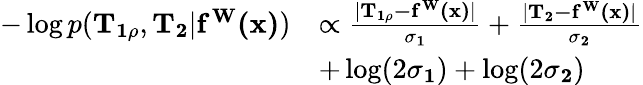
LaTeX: \begin{array}{rl}{-\log p(\mathbf{T_{1\rho}},\mathbf{T_{2}}|\mathbf{f^{W}(x)})}&{\propto\frac{|\mathbf{T_{1\rho}-\mathbf{f^{W}(x)}}|}{\mathbf{\sigma_{1}}}+\frac{|\mathbf{T_{2}-\mathbf{f^{W}(x)}}|}{\mathbf{\sigma_{2}}}}\\ &{+\log(2\mathbf{\sigma_{1}})+\log(2\mathbf{\sigma_{2}})}\end{array}